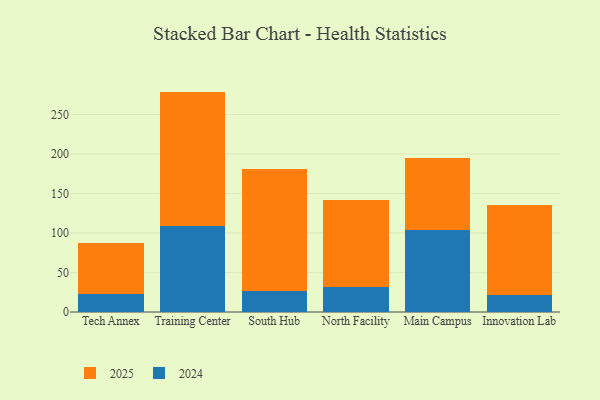
{"axis": {"x": "Campus", "y": "Revenue (USD Million)"}, "legend": ["2024", "2025"], "data": [{"x": "Tech Annex", "y": 65.2, "type": "2025"}, {"x": "Tech Annex", "y": 22.5, "type": "2024"}, {"x": "Training Center", "y": 170.4, "type": "2025"}, {"x": "Training Center", "y": 108.6, "type": "2024"}, {"x": "South Hub", "y": 154.3, "type": "2025"}, {"x": "South Hub", "y": 26.5, "type": "2024"}, {"x": "North Facility", "y": 109.7, "type": "2025"}, {"x": "North Facility", "y": 31.7, "type": "2024"}, {"x": "Main Campus", "y": 90.0, "type": "2025"}, {"x": "Main Campus", "y": 104.4, "type": "2024"}, {"x": "Innovation Lab", "y": 113.8, "type": "2025"}, {"x": "Innovation Lab", "y": 21.8, "type": "2024"}]}